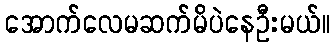
အောက်လေမဆက်မိပဲနေဦးမယ်။